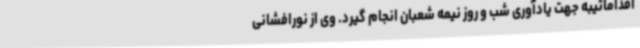
اقداماتیبه جهت یادآوری شب و روز نیمه شعبان انجام گیرد. وی از نورافشانی